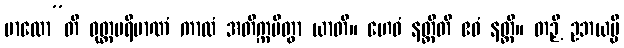
ဗာလော”တိ ဝုတ္တပရိမာဏံ ကာလံ အတိက္ကမိတွာ ယာတိ။ ဟေဝံ နတ္ထီတိ ဧဝံ နတ္ထိ။ တဉှိ ဥဘယမ္ပိ